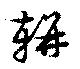
輧